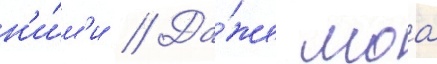
н'и́м'и // Да́же моа